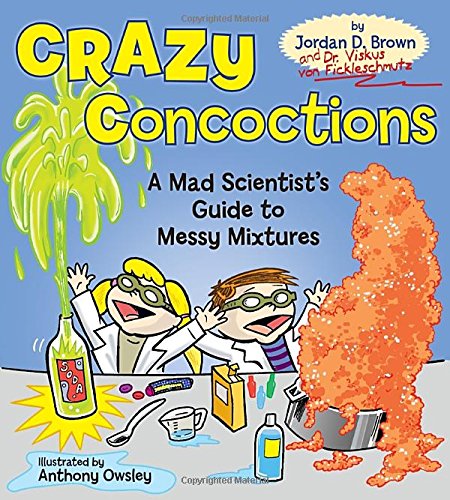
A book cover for Crazy Concoctions: A Mad Scientist's Guide to Messy Mixtures; Jordan D. Brown; Children's Books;